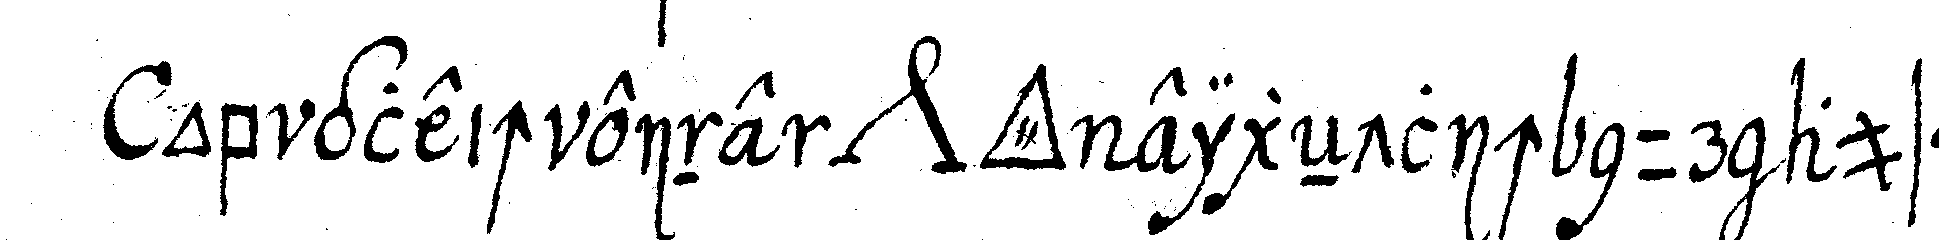
ob gleich eine *nee* *tri..* eigeNtlich nur aus